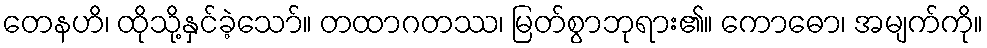
တေနဟိ၊ ထိုသို့နှင်ခဲ့သော်။ တထာဂတဿ၊ မြတ်စွာဘုရား၏။ ကောဓော၊ အမျက်ကို။